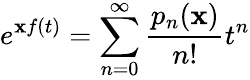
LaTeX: e^{\mathbf{x}f(t)}=\sum_{n=0}^{\infty}{\frac{{p_{n}(\mathbf{x})}}{{n!}}}t^{n}